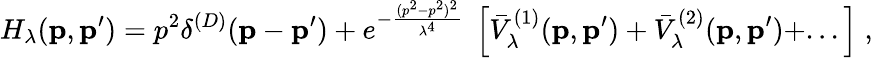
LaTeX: H_{\lambda}({\mathbf p},{\mathbf p^{\prime}})=p^{2}\delta^{(D)}({\mathbf p}-{\mathbf p^{\prime}})+e^{-\frac{(p^{2}-p^{2})^{2}}{\lambda^{4}}}\; \left[{\bar{V}}_{\lambda}^{(1)}({\mathbf p},{\mathbf p^{\prime}})+{\bar{V}}_{\lambda}^{(2)}({\mathbf p},{\mathbf p^{\prime}})+...\right]\; ,